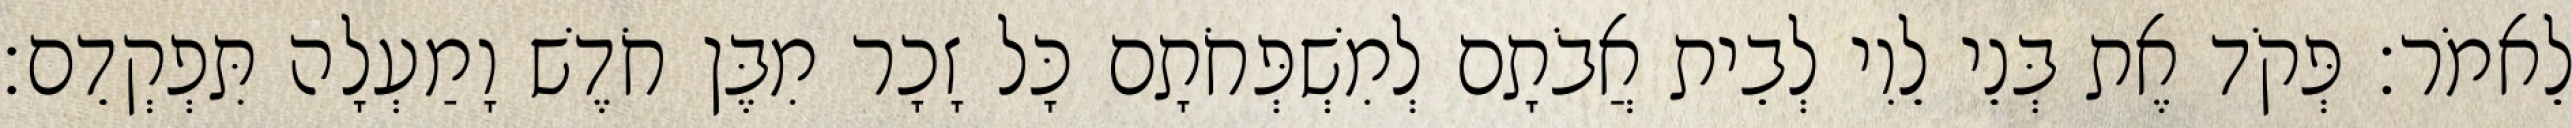
לֵאמֹר׃ פְּקֹד אֶת בְּנֵי לֵוִי לְבֵית אֲבֹתָם לְמִשְׁפְּחֹתָם כָּל זָכָר מִבֶּן חֹדֶשׁ וָמַעְלָה תִּפְקְדֵם׃